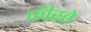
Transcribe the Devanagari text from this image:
फीरते